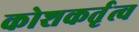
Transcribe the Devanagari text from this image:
कोशकर्तृत्व